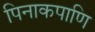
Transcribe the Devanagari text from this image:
पिनाकपाणि